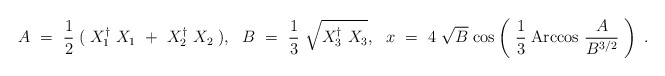
\begin{align*}A ~= ~{1\over 2}\;(\; X^{\dagger}_1 ~X_1 ~+~X^{\dagger}_2~ X_2\; ), ~~B ~= ~{1\over 3}~\sqrt{X^{\dagger}_3 ~X_3},~~x ~=~4~\sqrt{B}\; {\rm cos} \left(~{1\over 3}\; {\rm Arccos} ~ {~A~ \over B^{3/2}}~\right) \; .\end{align*}